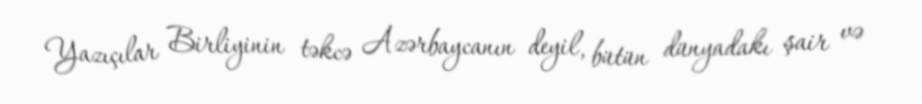
Yazıçılar Birliyinin təkcə Azərbaycanın deyil, bütün dünyadakı şair və